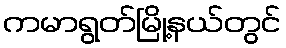
ကမာရွတ်မြို့နယ်တွင်